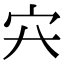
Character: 𡦿